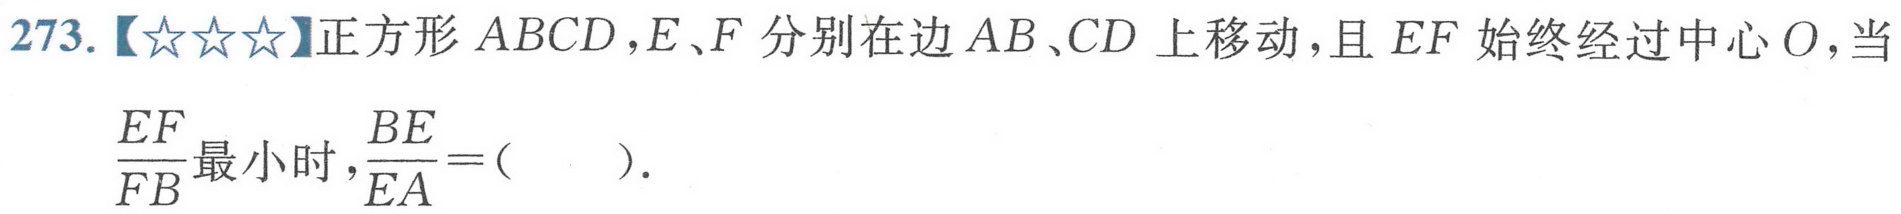
273.【☆☆☆】正方形 \(ABCD\),\(E、F\)分别在边 \(AB、CD\)上移动，且 \(EF\)始终经过中心 \(O\)，当\(\frac{EF}{FB}\)最小时，\(\frac{BE}{EA}=(\ \ \ \ )\).